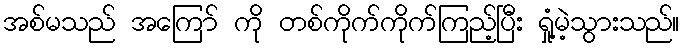
အစ်မသည် အကြော် ကို တစ်ကိုက်ကိုက်ကြည့်ပြီး ရှုံ့မဲ့သွားသည်။